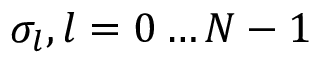
\sigma _ { l } , l = 0 \dots N - 1